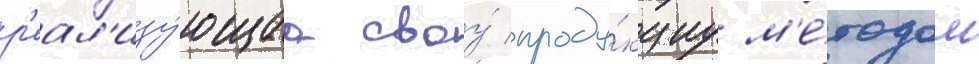
р'еал'изу́ющаа своу́ проду́кциу м'е́тодом